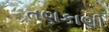
તણકાણી